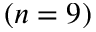
( n = 9 )